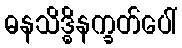
ဓနသိဒ္ဓိနက္ခတ်ပေါ်